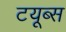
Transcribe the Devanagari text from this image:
टयूब्स